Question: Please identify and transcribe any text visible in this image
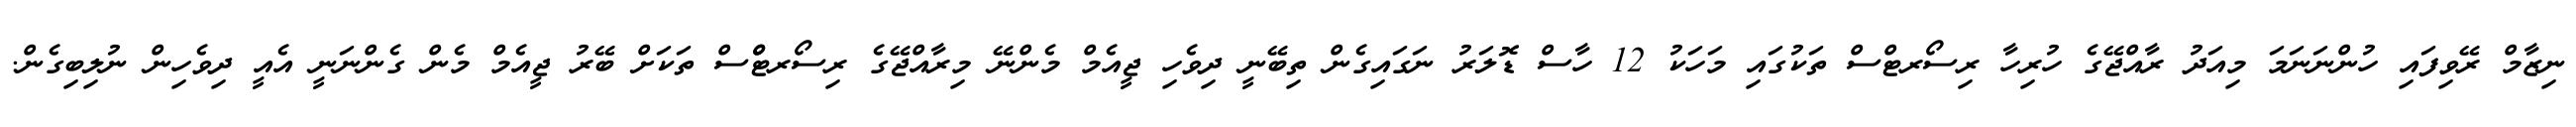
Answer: ނިޒާމް ރޭވިފައި ހުންނަނަމަ މިއަދު ރާއްޖޭގެ ހުރިހާ ރިސޯރޓްސް ތަކުގައި މަހަކު 12 ހާސް ޑޮލަރު ނަގައިގެން ތިބޭނީ ދިވެހި ޖީއެމް މެންނޭ މިރާއްޖޭގެ ރިސޯރޓްްސް ތަކަށް ބޭރު ޖީއެމް މެން ގެންނަނީ އެއީ ދިވެހިން ނުލިބިގެން.